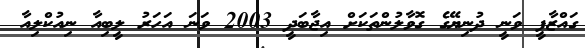
ގައްޒާފީ ވަނީ ދުނިޔޭގެ ގޮވާލުންތަކަށް އިޖާބަދީ 2003 ވަނަ އަހަރު ލީބިއާ ނިއުކްލިއާ